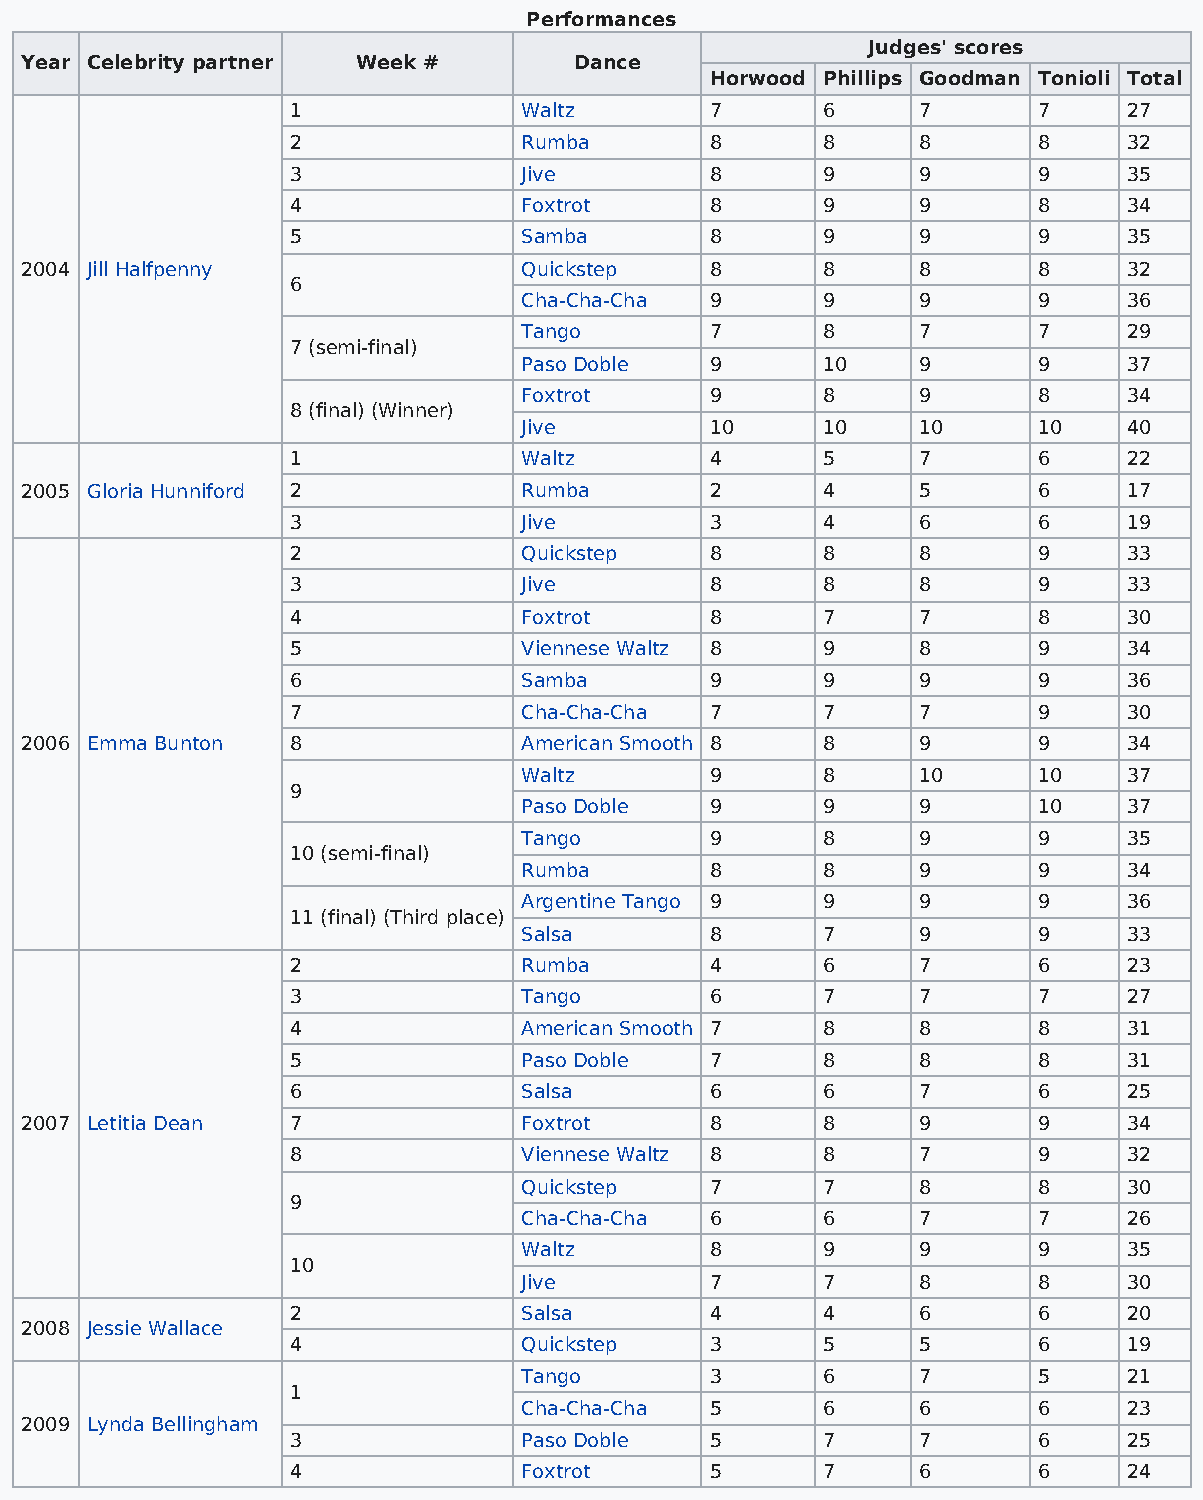
Performances
 Judges' scores
 Year Celebrity partner Week #        Dance
 Horwood Phillips Goodman Tonioli Total
 1              Waltz        7      6      7       7     27
 2              Rumba        8      8      8       8     32
 3              Jive         8      9      9       9     35
 4              Foxtrot      8      9      9       8     34
 5              Samba        8      9      9       9     35
 2004 Jill Halfpenny              Quickstep    8      8      8       8     32
 6
 Cha-Cha-Cha  9      9      9       9     36
 Tango        7      8      7       7     29
 7 (semi-final)
 Paso Doble   9      10     9       9     37
 Foxtrot      9      8      9       8     34
 8 (final) (Winner)
 Jive         10     10     10      10    40
 1              Waltz        4      5      7       6     22
 2005 Gloria Hunniford 2          Rumba        2      4      5       6     17
 3              Jive         3      4      6       6     19
 2              Quickstep    8      8      8       9     33
 3              Jive         8      8      8       9     33
 4              Foxtrot      8      7      7       8     30
 5              Viennese Waltz 8    9      8       9     34
 6              Samba        9      9      9       9     36
 7              Cha-Cha-Cha  7      7      7       9     30
 2006 Emma Bunton  8              American Smooth 8   8      9       9     34
 Waltz        9      8      10      10    37
 9
 Paso Doble   9      9      9       10    37
 Tango        9      8      9       9     35
 10 (semi-final)
 Rumba        8      8      9       9     34
 Argentine Tango 9   9      9       9     36
 11 (final) (Third place)
 Salsa        8      7      9       9     33
 2              Rumba        4      6      7       6     23
 3              Tango        6      7      7       7     27
 4              American Smooth 7   8      8       8     31
 5              Paso Doble   7      8      8       8     31
 6              Salsa        6      6      7       6     25
 2007 Letitia Dean 7              Foxtrot      8      8      9       9     34
 8              Viennese Waltz 8    8      7       9     32
 Quickstep    7      7      8       8     30
 9
 Cha-Cha-Cha  6      6      7       7     26
 Waltz        8      9      9       9     35
 10
 Jive         7      7      8       8     30
 2              Salsa        4      4      6       6     20
 2008 Jessie Wallace
 4              Quickstep    3      5      5       6     19
 Tango        3      6      7       5     21
 1
 Cha-Cha-Cha  5      6      6       6     23
 2009 Lynda Bellingham
 3              Paso Doble   5      7      7       6     25
 4              Foxtrot      5      7      6       6     24